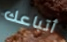
أتباعك